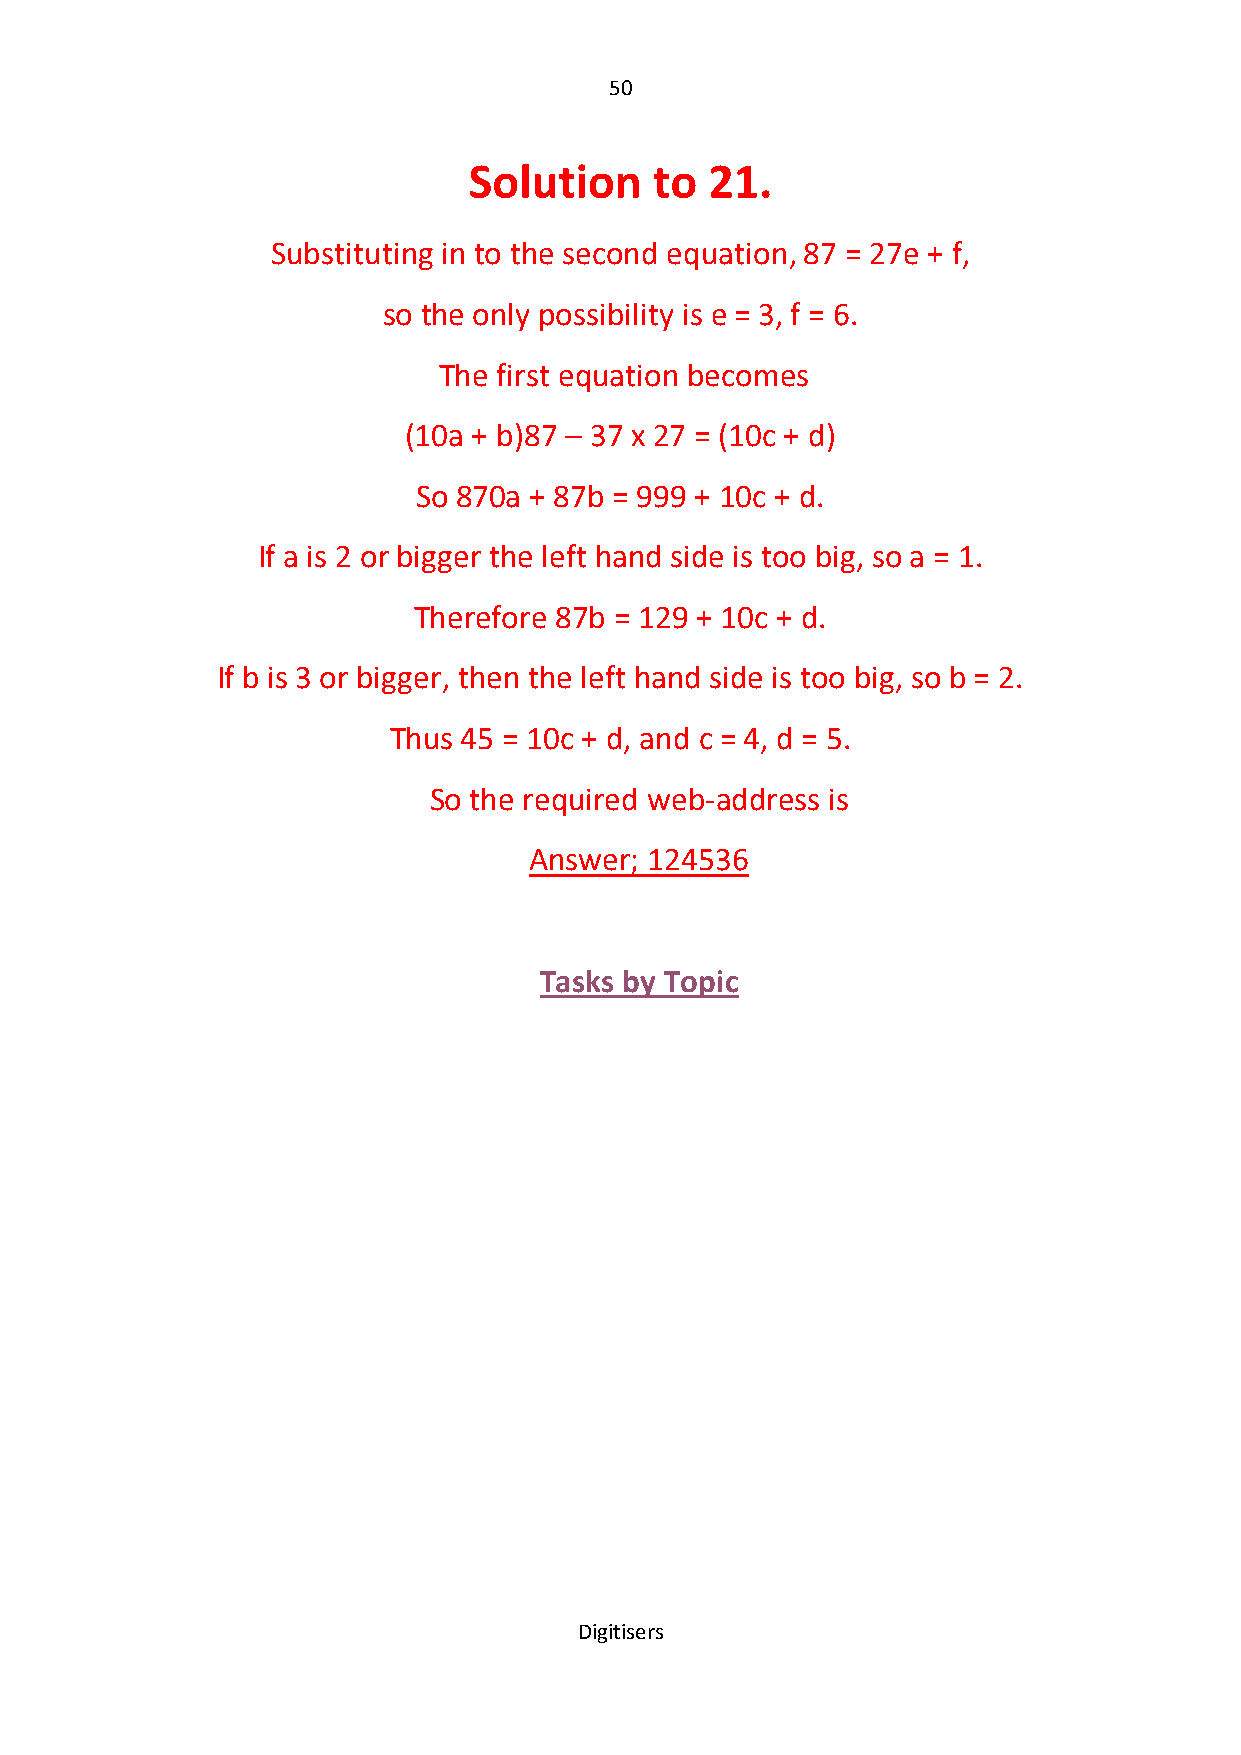
50
 Solution    to  21.
 Substituting in to the second equation, 87 = 27e + f,
 so the only possibility is e = 3, f = 6.
 The first equation becomes
 (10a + b)87 – 37 x 27 = (10c + d)
 So 870a + 87b = 999 + 10c + d.
 If a is 2 or bigger the left hand side is too big, so a = 1.
 Therefore 87b = 129 + 10c + d.
 If b is 3 or bigger, then the left hand side is too big, so b = 2.
 Thus 45 = 10c + d, and c = 4, d = 5.
 So the required web-address is
 Answer; 124536
 Tasks by Topic
 Digitisers